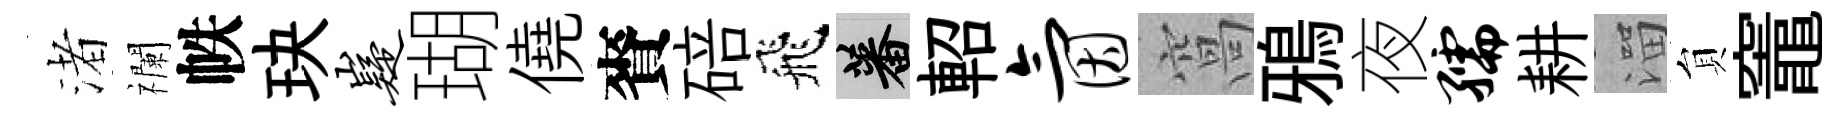
渚襴帙玦嶷瑚僥賚碚飛蕃軺氤窩鴉夜孺耕溜貟竈